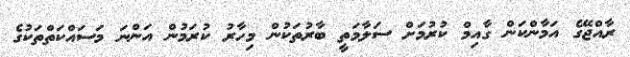
ރާއްޖޭގެ އަމާންކަން ގާއިމް ކުރުމަށް ސަލާމަތީ ބާރުތަކުން މިހާރު ކުރަމުން އަންނަ މަސައްކަތްތަކުގެ